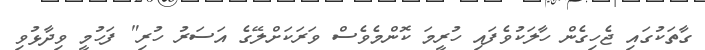
ގާތަކުގައި ޖެހިގެން ހާލަކުވެފައި ހުރީމަ ކޮންމެވެސް ވަރަކަށްލޭގެ އަސަރު ހުރި" ފަހުމީ ވިދާޅުވި